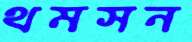
থমসন